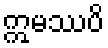
ဣမဿပိ